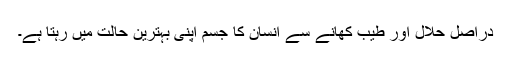
دراصل حلال اور طیب کھانے سے انسان کا جسم اپنی بہترین حالت میں رہتا ہے۔